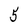
Character: 5